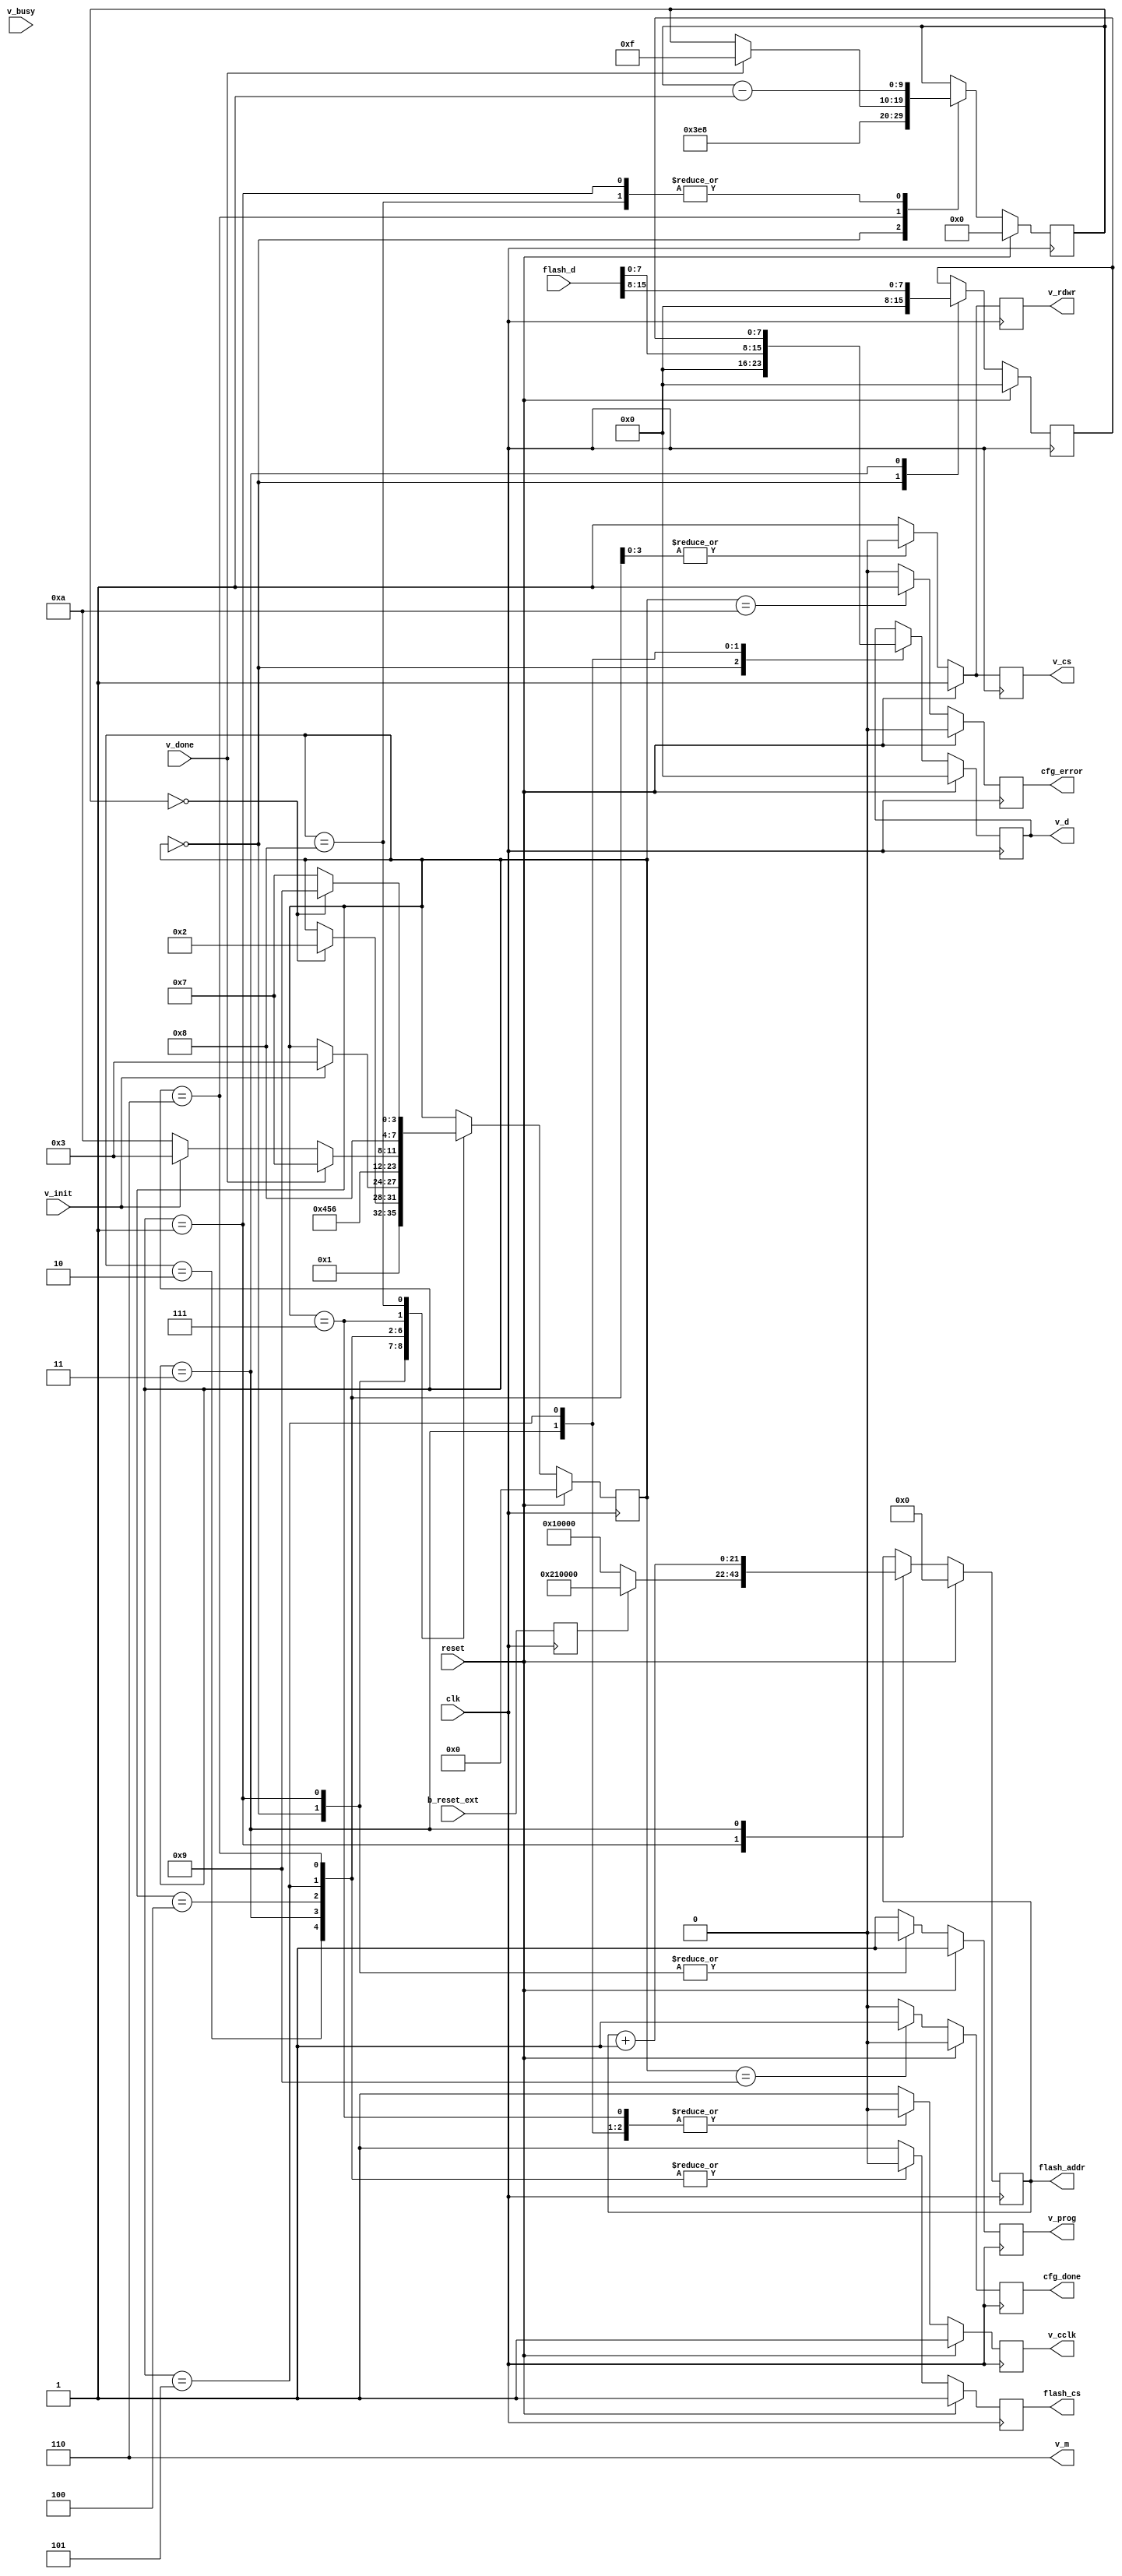
module selectmap
	( 
	input clk,
	input reset,
	input b_reset_ext,
	
	input [15:0] flash_d,
	output reg [21:0] flash_addr,
	output reg flash_cs,
	
	input v_init,
	input v_done,
	input v_busy,
	
	output reg v_cclk,
	output reg v_prog,
	output [2:0] v_m,
	output reg [0:7] v_d,
	output reg v_cs,
	output reg v_rdwr,
	
	output reg cfg_done,
	output reg cfg_error
);

assign v_m[2:0] = 3'b110;

reg [3:0] state;
reg [9:0] cnt;
reg [7:0] data_reg;
reg b_reset;

parameter RESET = 0, PROG = 1, WAIT_INIT = 2, BYTE_0 = 3, BYTE_1 = 4, BYTE_2 = 5, BYTE_3 = 6, KEEP_CLK_0 = 7, KEEP_CLK_1 = 8, DONE = 9, ERROR = 10;

always @(posedge clk)
	begin
		v_cclk <= 1;
		v_prog <= 1;
		v_cs <= 1;
		v_rdwr <= 1;
		flash_cs <= 1;
		cfg_done <= 0;
		cfg_error <= 0;
		b_reset <= b_reset_ext;
		if (reset)
			begin
				state <= RESET;
				cnt <= 0;
				flash_addr <= 0;
				data_reg <= 0;
				v_d <= 0;
			end
		else
			begin
				case (state)
					RESET: begin
						cnt <= 1000;
						data_reg <= 0;
						v_d <= 0;
						v_prog <= 0;
						state <= PROG;
					end
					PROG: begin
						if (b_reset)
							begin
								flash_addr <= 22'h210000;
							end
						else
							begin
								flash_addr <= 22'h10000;
							end
						cnt <= cnt - 1;
						v_prog <= 0;
						if (cnt == 0)
							begin
								state <= WAIT_INIT;
							end
					end
					WAIT_INIT: begin
						flash_cs <= 0;
						if (v_init == 1)
							begin
								state <= BYTE_0;
							end
					end
					BYTE_0: begin
						flash_cs <= 0;
						v_cs <= 0;
						v_rdwr <= 0;
						v_cclk <= 0;
						state <= BYTE_1;
						data_reg <= flash_d[15:8];
						v_d[0:7] <= flash_d[7:0];
						flash_addr <= flash_addr + 1;
					end
					BYTE_1: begin
						flash_cs <= 0;
						v_cs <= 0;
						v_rdwr <= 0;
						v_cclk <= 1;
						state <= BYTE_2;
					end
					BYTE_2: begin
						flash_cs <= 0;
						v_cs <= 0;
						v_rdwr <= 0;
						v_cclk <= 0;
						v_d[0:7] <= data_reg[7:0];
						state <= BYTE_3;
					end
					BYTE_3: begin
						flash_cs <= 0;
						v_cs <= 0;
						v_rdwr <= 0;
						v_cclk <= 1;
						state <= BYTE_0;
						if (v_init == 0)
							begin
								state <= ERROR;
							end
						if (v_done == 1)
							begin
								state <= KEEP_CLK_0;
								cnt <= 15;
							end
					end
					KEEP_CLK_0: begin
						v_cclk <= 0;
						state <= KEEP_CLK_1;
					end
					KEEP_CLK_1: begin
						v_cclk <= 1;
						state <= KEEP_CLK_0;
						cnt <= cnt - 1;
						if (cnt == 0)
							state <= DONE;
					end
					ERROR: begin
						cfg_error <= 1;
					end
					DONE: begin
						cfg_done <= 1;
					end
				endcase
			end
	end
	

endmodule